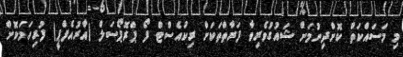
މި މަސައްކަތް ކޮށްދިނުމަށް ޝައުގުވެރިވާ ފަރާތްތަކަށް ރިކުއެސްޓް ފޯ ޕްރޮޕޯސަލް (އާރުއެފްޕީ) ފުރިހަމަކޮށް